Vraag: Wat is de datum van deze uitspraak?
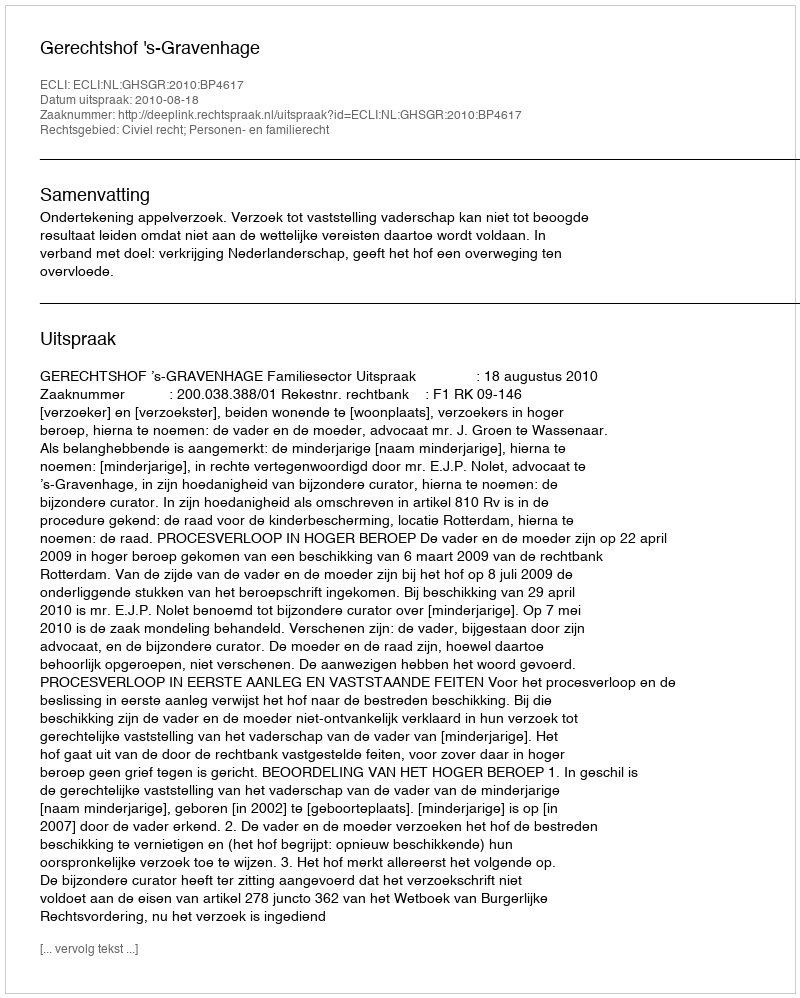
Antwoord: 2010-08-18